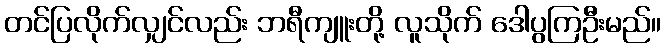
တင်ပြလိုက်လျှင်လည်း ဘရီကျူးတို့ လူသိုက် ဒေါပွကြဦးမည်။